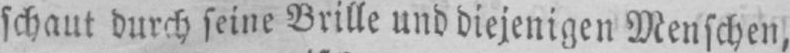
schaut durch seine Brille und diejenigen Menschen,